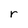
Character: r